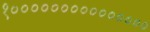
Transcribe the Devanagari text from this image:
१०००००००००००००००